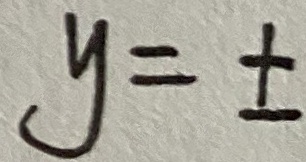
y = \pm